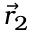
\vec { r } _ { 2 }